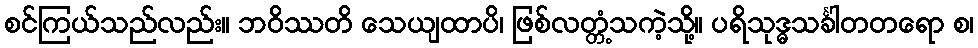
စင်ကြယ်သည်လည်း။ ဘဝိဿတိ သေယျထာပိ၊ ဖြစ်လတ္တံ့သကဲ့သို့။ ပရိသုဒ္ဓသင်္ခါတတရော စ၊